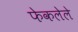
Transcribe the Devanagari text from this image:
फेकलेले